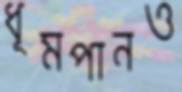
ধূমপানও